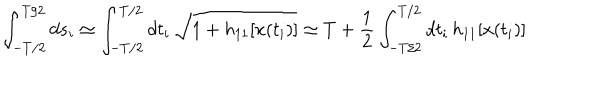
\int _ { - T / 2 } ^ { T / 2 } d s _ { i } \simeq \int _ { - T / 2 } ^ { T / 2 } d t _ { i } \, \sqrt { 1 + h _ { 1 1 } [ x ( t _ { i } ) ] } \simeq T + \frac { 1 } { 2 } \int _ { - T / 2 } ^ { T / 2 } d t _ { i } \, h _ { 1 1 } [ x ( t _ { i } ) ]